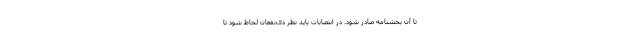
تا آن بخشنامه صادر شود. در انتصابات باید نظر ذی‌نفعان لحاظ شود تا